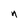
Character: n